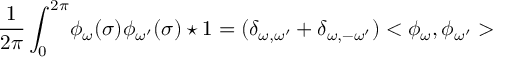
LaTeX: \frac { 1 } { 2 \pi } \int _ { 0 } ^ { 2 \pi } \! \phi _ { \omega } ( \sigma ) \phi _ { \omega ^ { \prime } } ( \sigma ) \star 1 = ( \delta _ { \omega , \omega ^ { \prime } } + \delta _ { \omega , - \omega ^ { \prime } } ) < \phi _ { \omega } , \phi _ { \omega ^ { \prime } } >